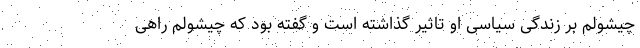
چیشولم بر زندگی سیاسی او تاثیر گذاشته است و گفته بود که چیشولم راهی